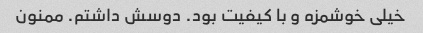
خیلی خوشمزه و با کیفیت بود. دوسش داشتم. ممنون